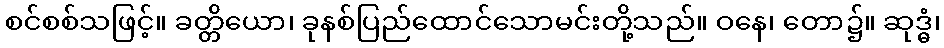
စင်စစ်သဖြင့်။ ခတ္တိယော၊ ခုနစ်ပြည်ထောင်သောမင်းတို့သည်။ ဝနေ၊ တော၌။ ဆုဒ္ဓံ၊